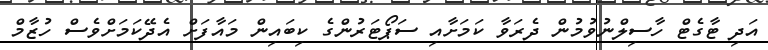
އަދި ޓާގެޓް ހާސިލްނުވުމުން ދެރަވާ ކަމަށާއި ސަޕޯޓަރުންގެ ކިބައިން މައާފަށް އެދޭކަމަށްވެސް ހުޒާމް